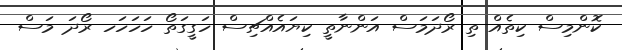
ކޮންމިސް ކިތެއް ތި ރޯދަމަސް އަންނާތީ ކިޔައެއްޗިސް ހަގީގަތޯ ހަހަހަހ ރޯދަ މަސް